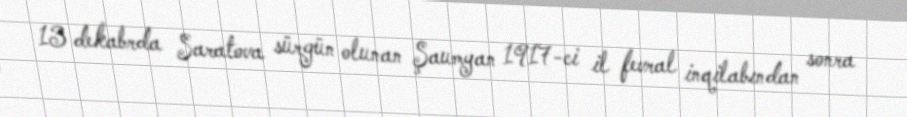
13 dekabrda Saratova sürgün olunan Şaumyan 1917-ci il fevral inqilabından sonra